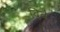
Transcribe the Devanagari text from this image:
दिबे